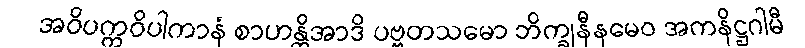
အဝိပက္ကဝိပါကာနံ စာဟန္တိအာဒိ ပဗ္ဗတသမော ဘိက္ခုနီနမေဝ အကနိဋ္ဌဂါမီ